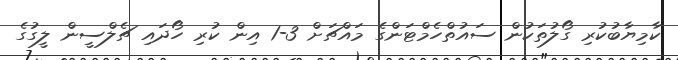
ކާމިޔާބުކުރި ގޯލުތަކުން ސައުތްހެމްޓަންގެ މައްޗަށް 3-1 އިން ކުރި ހޯދައި ޗެލްސީން ލީގުގެ